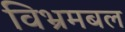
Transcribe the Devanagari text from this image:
विभ्रमबल